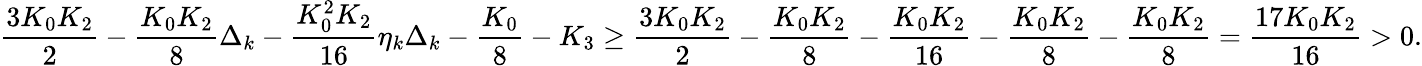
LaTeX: \frac{3K_{0}K_{2}}{2}-\frac{K_{0}K_{2}}{8}\Delta_{k}-\frac{K_{0}^{2}K_{2}}{16}\eta_{k}\Delta_{k}-\frac{K_{0}}{8}-K_{3}\geq\frac{3K_{0}K_{2}}{2}-\frac{K_{0}K_{2}}{8}-\frac{K_{0}K_{2}}{16}-\frac{K_{0}K_{2}}{8}-\frac{K_{0}K_{2}}{8}=\frac{17K_{0}K_{2}}{16}>0.